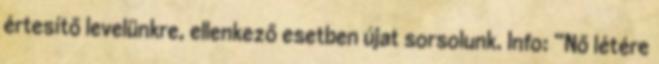
értesítő levelünkre, ellenkező esetben újat sorsolunk. Info: “Nő létére